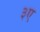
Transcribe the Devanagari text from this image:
३ए